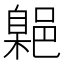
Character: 𮠃